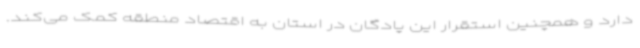
دارد و همچنین استقرار این پادگان در استان به اقتصاد منطقه کمک می‌کند.